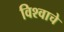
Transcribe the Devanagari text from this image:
विश्‍वाचे